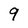
Character: 9